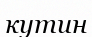
кутин